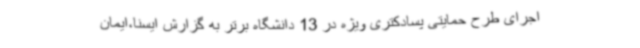
اجرای طرح حمایتی پسادکتری ویژه در 13 دانشگاه برتر به گزارش ایسنا،ایمان